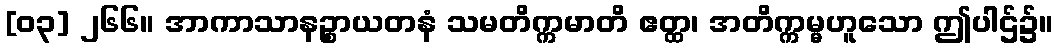
[၀၃] ၂၆၆။ အာကာသာနဉ္စာယတနံ သမတိက္ကမာတိ ဧတ္ထ၊ အတိက္ကမ္မဟူသော ဤပါဌ်၌။